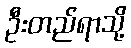
ဦးတည်ရာသို့